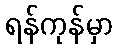
ရန်ကုန်မှာ